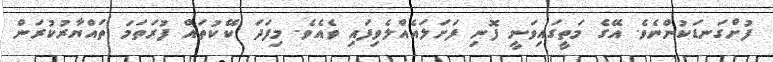
ފުށްގަނޑަކުންނެވެ. އޭގެ މަތީގައިވަނީ ފޮނި ފަށަލައެއްލެވިފައި ވެއެވެ. މިފަދަ ކޭކުތައް ފުރަތަމަ ތައްޔާރުކުރަން